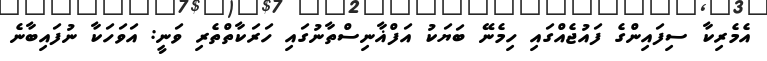
އެމެރިކާ ސިފައިންގެ ފައުޖެއްގައި ހިމެނޭ ބަޔަކު އަފްޣާނިސްތާނުގައި ހަރަކާތްތެރި ވަނީ: އަވަހަކާ ނުފައިބާނެ